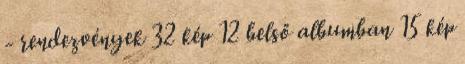
- rendezvények 32 kép 12 belső albumban 15 kép